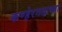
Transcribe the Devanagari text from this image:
कण्हेरगडाच्या